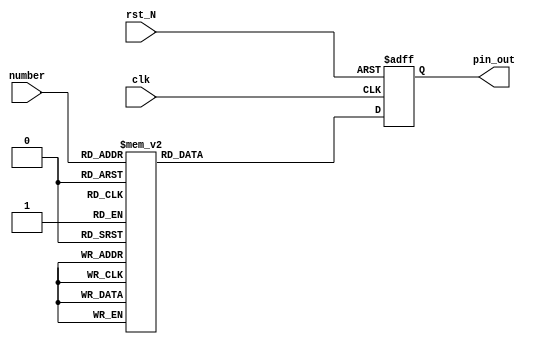
module DigitalTube (
    clk,
    rst_N,

    number,
    pin_out
);

input   clk, rst_N;

input           [3:0]   number;

output  reg     [6:0]   pin_out;



always @(posedge clk, negedge rst_N)
begin
    if (!rst_N) begin
        pin_out <= 7'b11111111;
    end
    else begin
        case (number)
            0: pin_out <= 7'b1000000;
            1: pin_out <= 7'b1111001;
            2: pin_out <= 7'b0100100;
            3: pin_out <= 7'b0110000;
            4: pin_out <= 7'b0011001;
            5: pin_out <= 7'b0010010;
            6: pin_out <= 7'b0000010;
            7: pin_out <= 7'b1111000;
            8: pin_out <= 7'b0000000;
            9: pin_out <= 7'b0010000;
            default: pin_out <= 7'b11111111;
        endcase
    end
end


endmodule